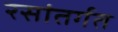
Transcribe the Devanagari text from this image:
रसांतर्गत